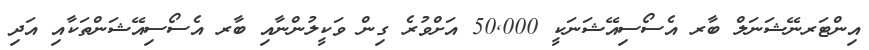
އިންޓަރނޭޝަނަލް ބާރ އެސޯސިއޭޝަނަކީ 50